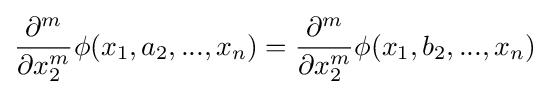
{\frac {\partial ^{m}}{\partial x_{2}^{m}}}\phi (x_{1},a_{2},...,x_{n})={\frac {\partial ^{m}}{\partial x_{2}^{m}}}\phi (x_{1},b_{2},...,x_{n})